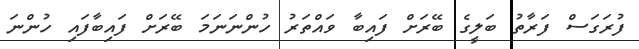
ފުރަގަސް ފަރާތު ބަލީގެ ބޭރަށް ފައިބާ ވައްތަރު ހުންނަނަމަ ބޭރަށް ފައިބާފައި ހުންނަ